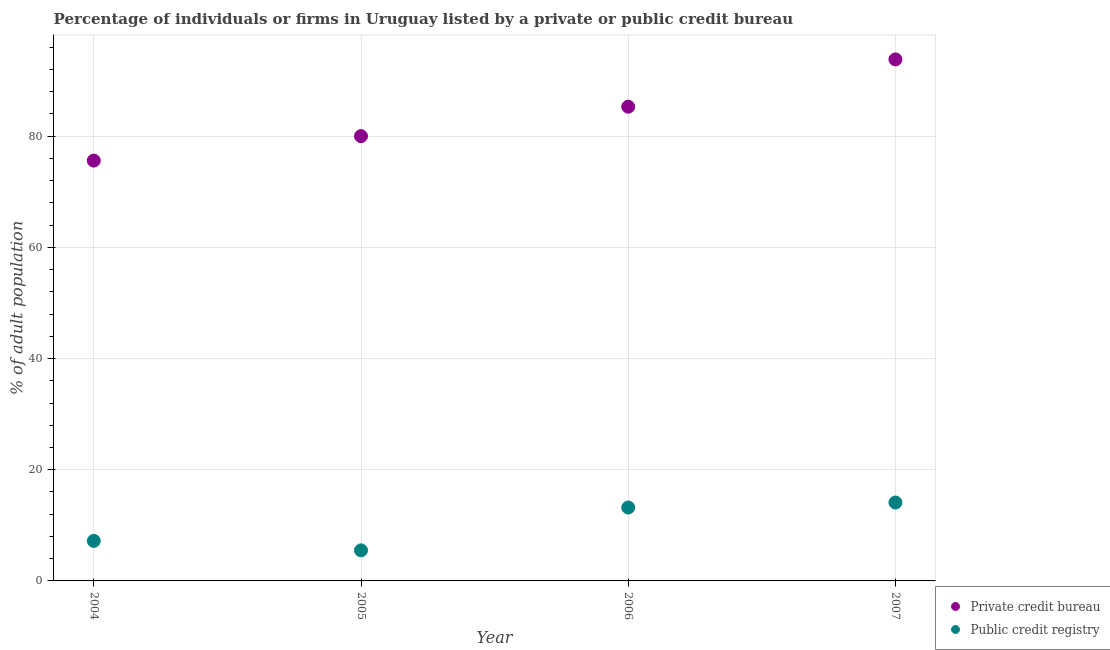
| Year | Private credit bureau | Public credit registry |
 | --- | --- | --- |
 | 2004 | 75.6 | 7.2 |
 | 2005 | 80 | 5.5 |
 | 2006 | 85.3 | 13.2 |
 | 2007 | 93.8 | 14.1 |